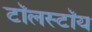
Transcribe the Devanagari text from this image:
टॉलस्‍टॉय